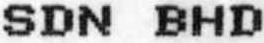
SDN BHD